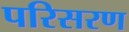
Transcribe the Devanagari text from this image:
परिसरण